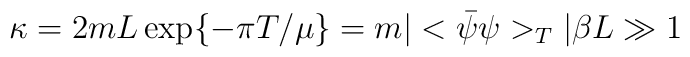
\kappa = 2mL\exp\{-\pi T/\mu\} = m|<\bar{\psi}\psi>_{T}|\beta L \gg 1